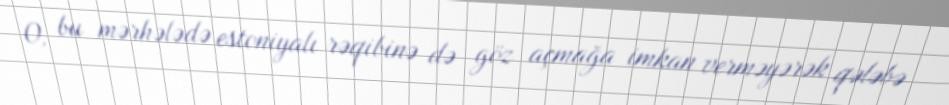
O, bu mərhələdə estoniyalı rəqibinə də göz açmağa imkan verməyərək qələbə